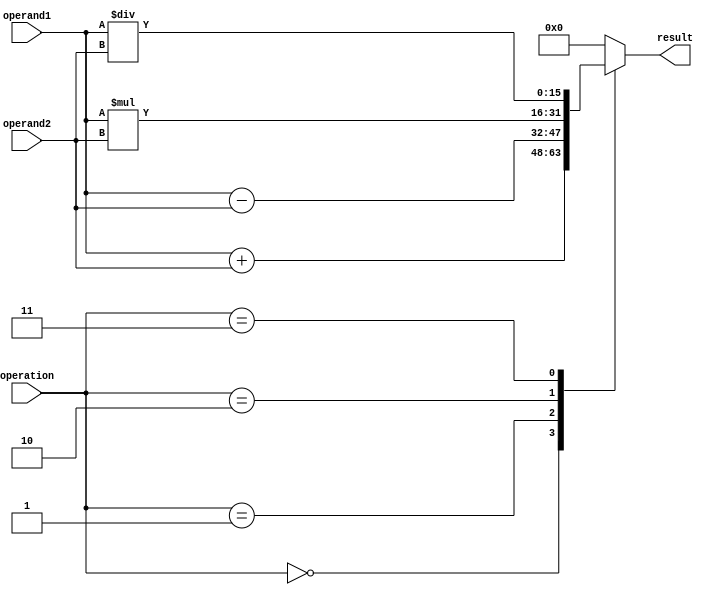
module ALU_16bit (
    input [15:0] operand1,
    input [15:0] operand2,
    input [2:0] operation,
    output reg [15:0] result
);

always @(*)
begin
    case(operation)
        3'b000: result = operand1 + operand2; // Addition
        3'b001: result = operand1 - operand2; // Subtraction
        3'b010: result = operand1 * operand2; // Multiplication
        3'b011: result = operand1 / operand2; // Division
        default: result = 16'b0; // Default case
    endcase
end

endmodule